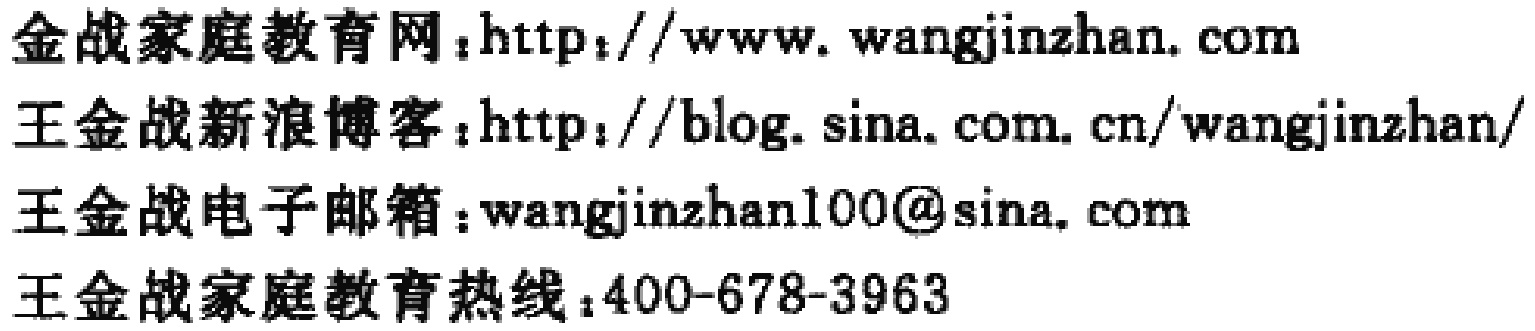
金战家庭教育网：\(http://www.wangjinzhan.com\)
王金战新浪博客：\(http://blog.sina.com.cn/wangjinzhan/\)
王金战电子邮箱：\(wangjinzhan100@sina.com\)
王金战家庭教育热线：\(400 - 678 - 3963\)